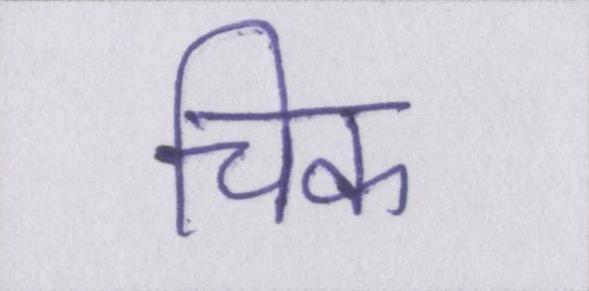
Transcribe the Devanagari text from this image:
चिक